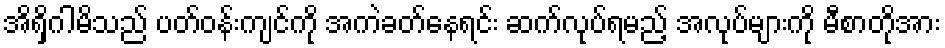
အိရှိဂါမိသည် ပတ်ဝန်းကျင်ကို အကဲခတ်နေရင်း ဆက်လုပ်ရမည့် အလုပ်များကို မီစာတိုအား